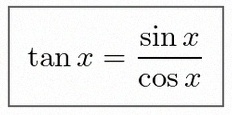
\tan x=\frac{\sin x}{\cos x}